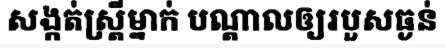
សង្កត់ស្ត្រីម្នាក់ បណ្តាលឲ្យរបួសធ្ងន់